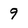
Character: 9